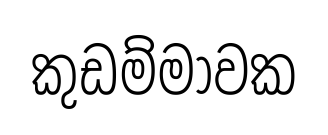
කුඩම්මාවක